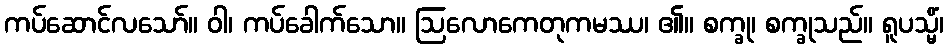
ကပ်ဆောင်လသော်။ ဝါ၊ ကပ်ခေါက်သော။ ဩလောကေတုကမဿ၊ ၏။ စက္ခု၊ စက္ခုသည်။ ရူပသ္မိံ၊